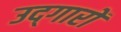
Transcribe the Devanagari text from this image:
उद्‌गारों